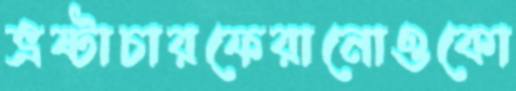
ভ্রষ্টাচারফেরানোওকো